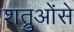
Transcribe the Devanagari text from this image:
शत्रुओंसे